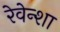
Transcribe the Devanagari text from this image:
रेवेन्शा